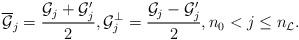
LaTeX: \begin{align*}\overline{\mathcal G}_{j}=\frac{{\mathcal G}_{j}+\mathcal G'_{j}}{2},\mathcal G^\perp_{j}=\frac{{\mathcal G}_{j}-\mathcal G'_{j}}{2}, n_0< j\leq n_\mathcal L.\end{align*}